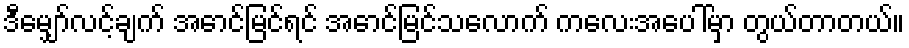
ဒီမျှော်လင့်ချက် အောင်မြင်ရင် အောင်မြင်သလောက် ကလေးအပေါ်မှာ တွယ်တာတယ်။